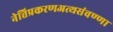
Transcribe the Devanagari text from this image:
नेत्तिप्रकरणअत्थसंवण्णा